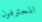
المحترفون